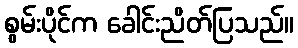
စွမ်းပိုင်က ခေါင်းညိတ်ပြသည်။